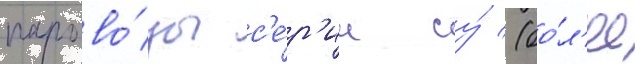
парово́зы с'е́р'ии су́ (бо́л'ее